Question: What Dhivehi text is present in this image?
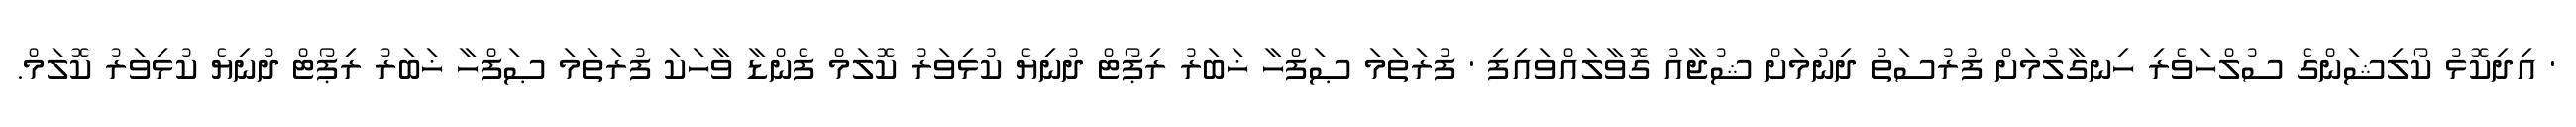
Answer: ' އިދިކޮޅު ކޯލިޝަންގެ ސުލްހަވެރި ހިނގާލުމަށް ފުރުސަތު ދިނުމަށް ޝުޖާއު ގޮވާލައްވައިފި ' ފުރަތަމަ ޞަފްހާ ޚަބަރު ރިޕޯޓް ދުނިޔެ ކުޅިވަރު ކޮލަމް ފެންޑާ ވާހަކަ ފުރަތަމަ ޞަފްހާ ޚަބަރު ރިޕޯޓް ދުނިޔެ ކުޅިވަރު ކޮލަމް.